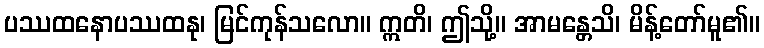
ပဿထနောပဿထနု၊ မြင်ကုန်သလော။ ဣတိ၊ ဤသို့။ အာမန္တေသိ၊ မိန့်တော်မူ၏။